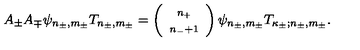
A _ { \pm } A _ { \mp } \psi _ { n _ { \pm } , m _ { \pm } } T _ { n _ { \pm } , m _ { \pm } } = \left( \begin{array} { c } { \scriptstyle n _ { + } } \\ { \scriptstyle { n _ { - } + 1 } } \\ \end{array} \right) \psi _ { n _ { \pm } , m _ { \pm } } T _ { \kappa _ { \pm } ; n _ { \pm } , m _ { \pm } } .